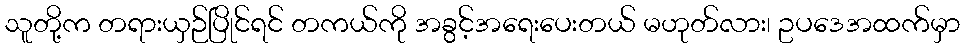
သူတို့က တရားယှဉ်ပြိုင်ရင် တကယ်ကို အခွင့်အရေးပေးတယ် မဟုတ်လား၊ ဥပဒေအထက်မှာ